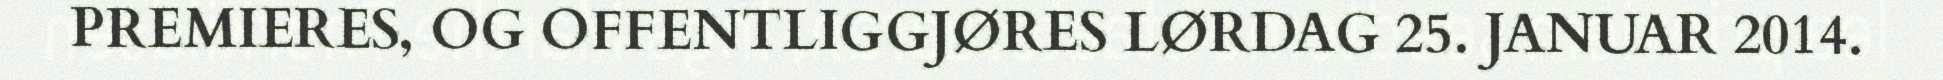
PREMIERES, OG OFFENTLIGGJØRES LØRDAG 25. JANUAR 2014.